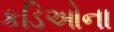
કડિઓના